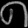
Digit: ၈